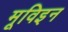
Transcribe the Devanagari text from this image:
मूविइन